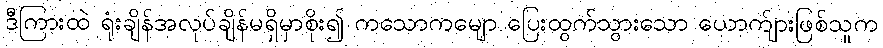
ဒီကြားထဲ ရုံးချိန်အလုပ်ချိန်မရှိမှာစိုး၍ ကသောကမျော ပြေးထွက်သွားသော ယောက်ျားဖြစ်သူက